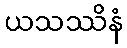
ယသဿိနံ